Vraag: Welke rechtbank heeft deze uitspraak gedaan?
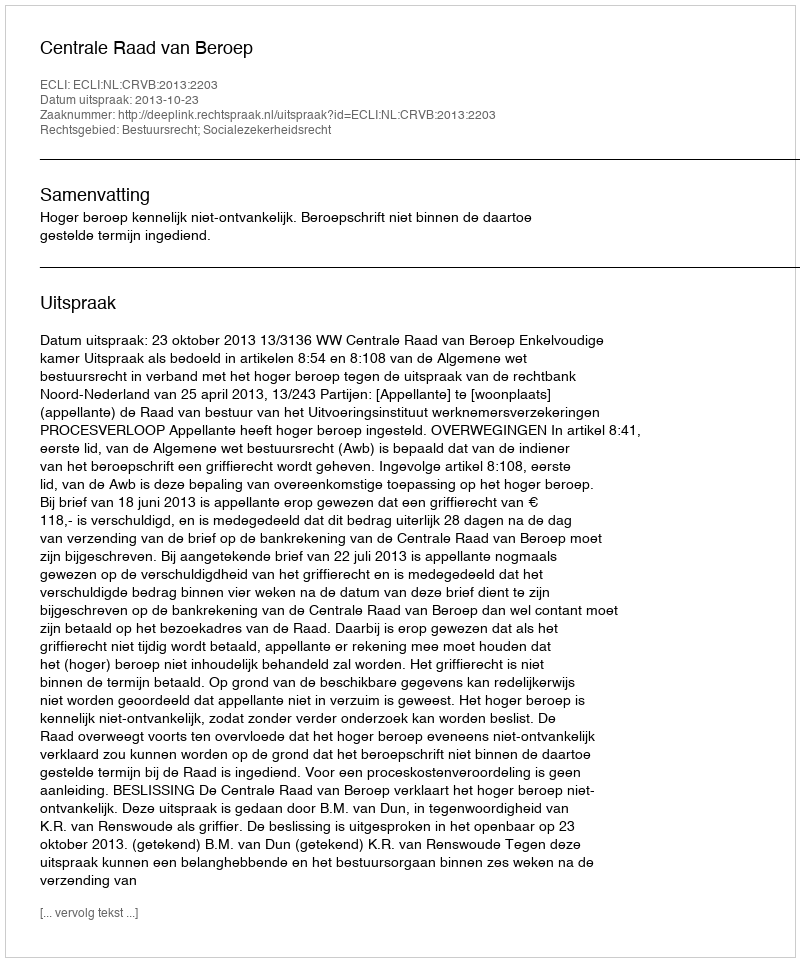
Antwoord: Centrale Raad van Beroep